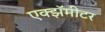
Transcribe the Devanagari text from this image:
एक्झॅमीटर